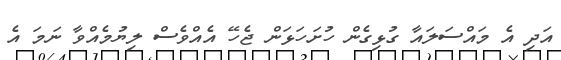
އަދި އެ މައްސަލައާ ގުޅިގެން ހުށަހަޅަން ޖެހޭ އެއްވެސް ލިޔުމެއްވާ ނަމަ އެ